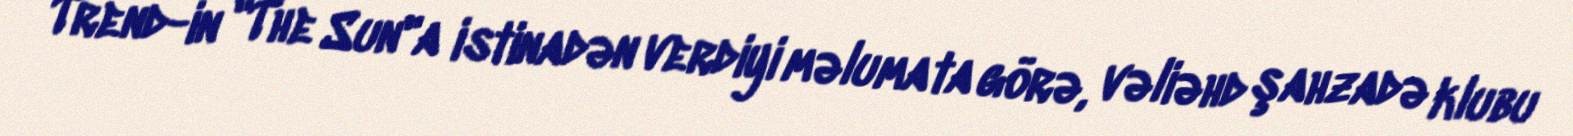
Trend-in "The Sun"a istinadən verdiyi məlumata görə, vəliəhd şahzadə klubu